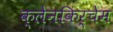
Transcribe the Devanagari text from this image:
क्लेनकिर्चेम